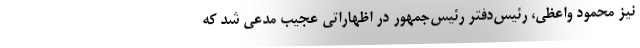
نیز محمود واعظی، رئیس‌دفتر رئیس‌جمهور در اظهاراتی عجیب مدعی شد که